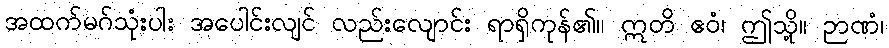
အထက်မဂ်သုံးပါး အပေါင်းလျင် လည်းလျောင်း ရာရှိကုန်၏။ ဣတိ ဧဝံ၊ ဤသို့။ ဉာဏံ၊